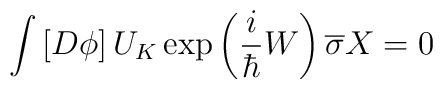
\int \left[ D\phi \right] U_K\exp \left( \frac i\hbar W\right) \overline{\sigma }X=0